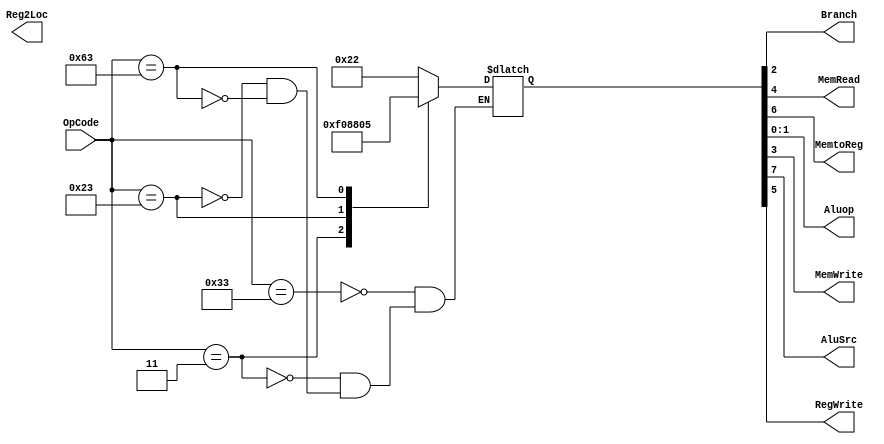
  
module ControlUnit(

  input [6 : 0] OpCode,
  output Reg2Loc,
  output Branch,
  output MemRead,
  output MemtoReg,
  output [1:0]Aluop,
  output MemWrite,
  output AluSrc,
  output RegWrite
);
reg [8:0] outcome;

assign  {AluSrc ,MemtoReg ,RegWrite ,MemRead ,MemWrite ,Branch } = outcome[8:2];
assign Aluop = outcome[1:0];

always @( OpCode )
casex(OpCode)
	7'b0110011: outcome = 8'b00100010;
        7'b0000011: outcome = 8'b11110000;
        7'b0100011: outcome = 8'b10001000;
        7'b1100011: outcome = 8'b00000101;
endcase
    
endmodule